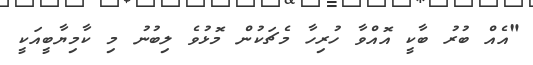
"އެއް ބުރު ބާކީ އޮއްވާ ހުރިހާ މެޗަކުން މޮޅުވެ ލިބުނު މި ކާމިޔާބީއަކީ